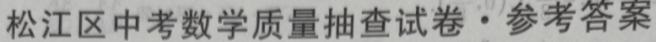
松江区中考数学质量抽查试卷·参考答案